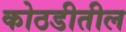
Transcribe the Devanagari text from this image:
कोठडीतील